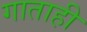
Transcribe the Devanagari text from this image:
गाताही